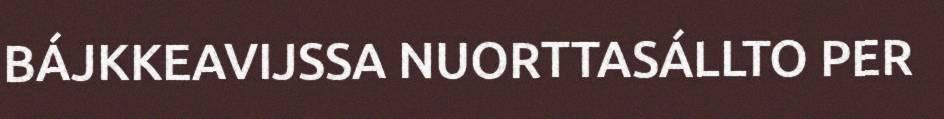
BÁJKKEAVIJSSA NUORTTASÁLLTO PER